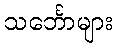
သင်္ဘောများ